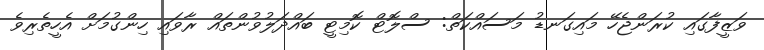
ވަޒީފާގައި ކުރަންޖެހޭ މައިގަނޑު މަސައްކަތް: ސްލޮޓް ކޮމިޓީ ބައްދަލުވުންތައް ރާވައި ހިންގުމަށް އެހީތެރިވެ